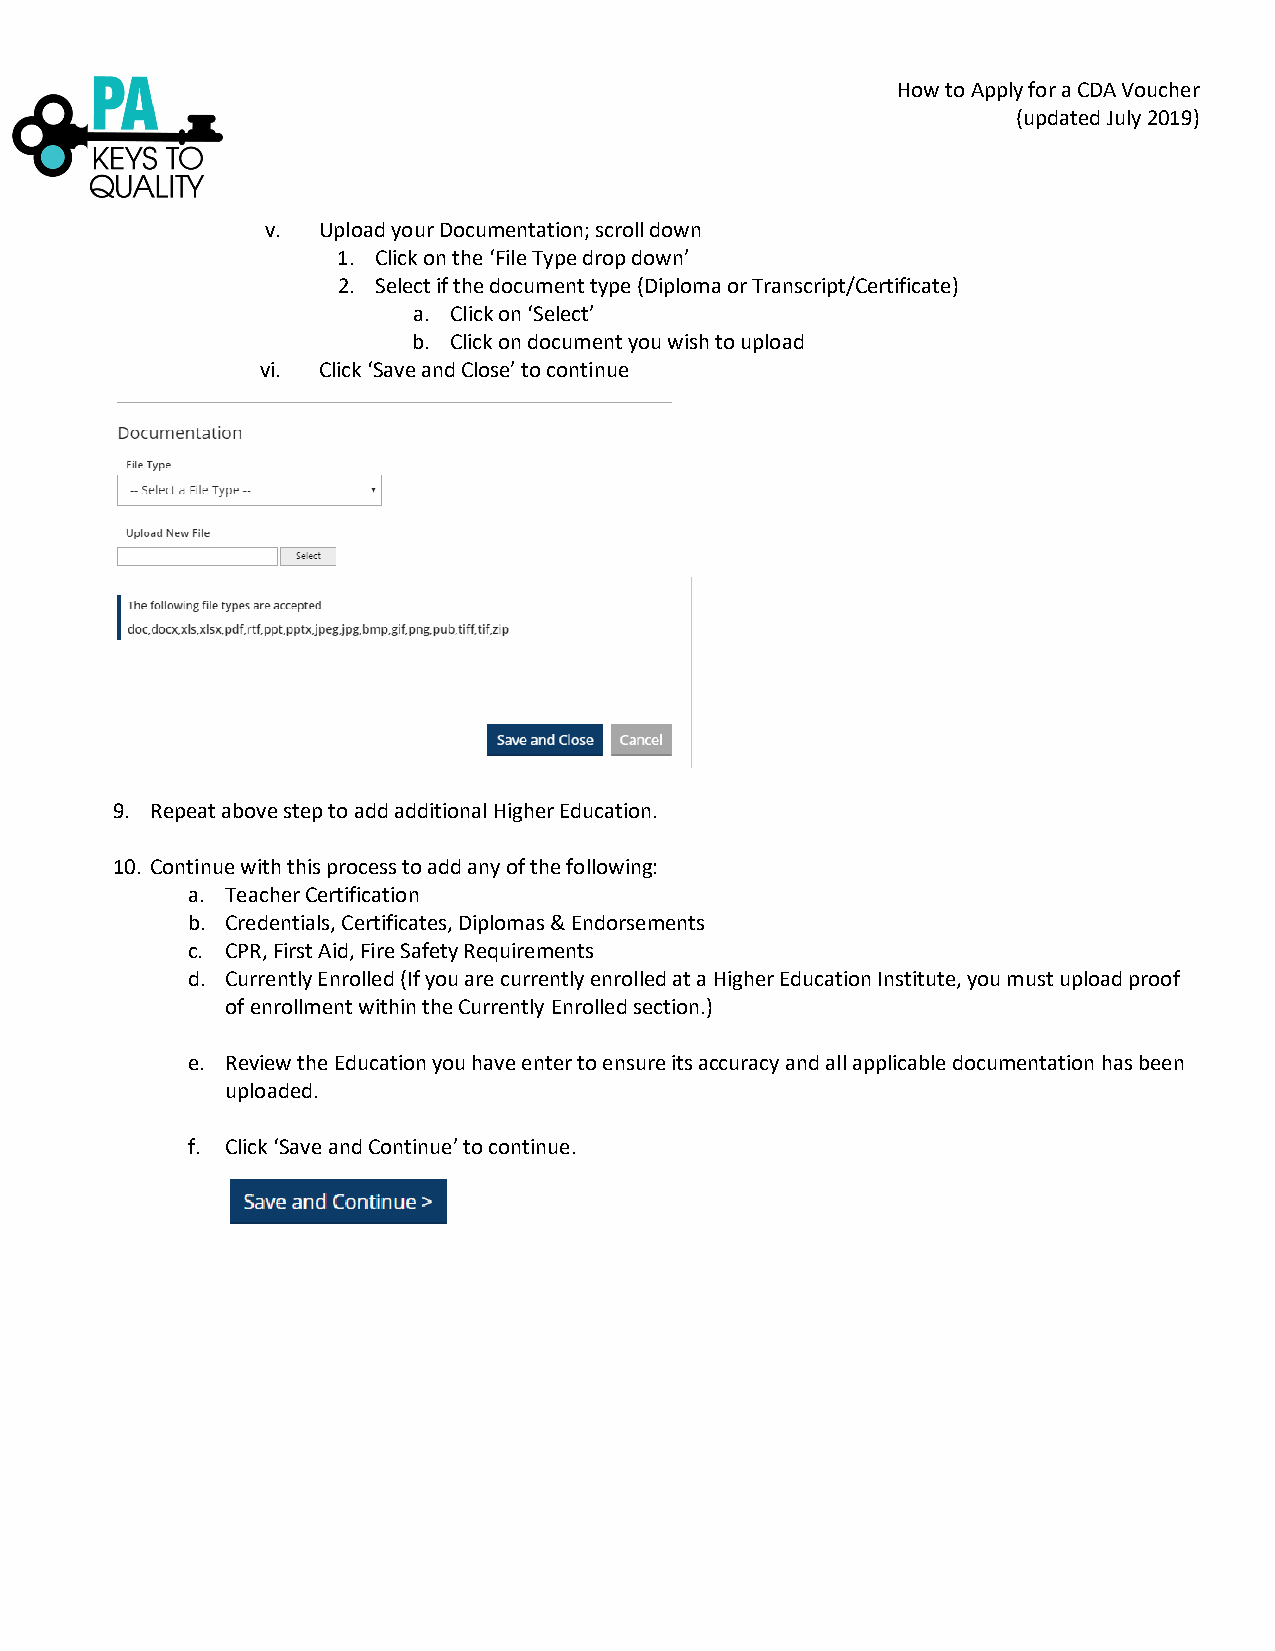
How to Apply for a CDA Voucher
 (updated July 2019)
 v. Upload your Documentation; scroll down
 1. Click on the ‘File Type drop down’
 2. Select if the document type (Diploma or Transcript/Certificate)
 a. Click on ‘Select’
 b. Click on document you wish to upload
 vi. Click ‘Save and Close’ to continue
 9. Repeat above step to add additional Higher Education.
 10. Continue with this process to add any of the following:
 a. Teacher Certification
 b. Credentials, Certificates, Diplomas & Endorsements
 c. CPR, First Aid, Fire Safety Requirements
 d. Currently Enrolled (If you are currently enrolled at a Higher Education Institute, you must upload proof
 of enrollment within the Currently Enrolled section.)
 e. Review the Education you have enter to ensure its accuracy and all applicable documentation has been
 uploaded.
 f. Click ‘Save and Continue’ to continue.